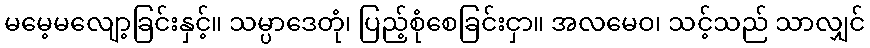
မမေ့မလျော့ခြင်းနှင့်။ သမ္ပာဒေတုံ၊ ပြည့်စုံစေခြင်းငှာ။ အလမေဝ၊ သင့်သည် သာလျှင်